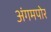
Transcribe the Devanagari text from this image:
अंगमपोर